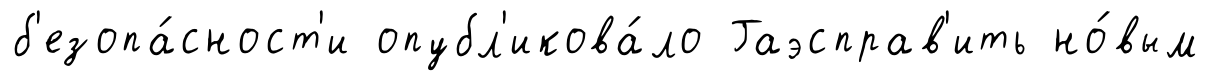
б'езопа́сност'и опубл'икова́ло Гаэсправ'ить но́вым